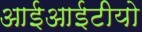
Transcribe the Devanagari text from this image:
आईआईटीयो